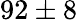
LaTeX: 92\pm 8